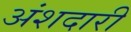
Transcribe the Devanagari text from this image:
अंशदारी